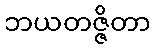
ဘယတဇ္ဇိတာ